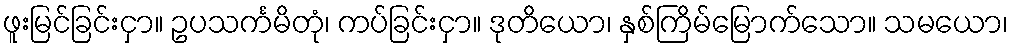
ဖူးမြင်ခြင်းငှာ။ ဥပသင်္ကမိတုံ၊ ကပ်ခြင်းငှာ။ ဒုတိယော၊ နှစ်ကြိမ်မြောက်သော။ သမယော၊